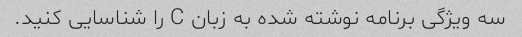
سه ویژگی برنامه نوشته شده به زبان C را شناسایی کنید.